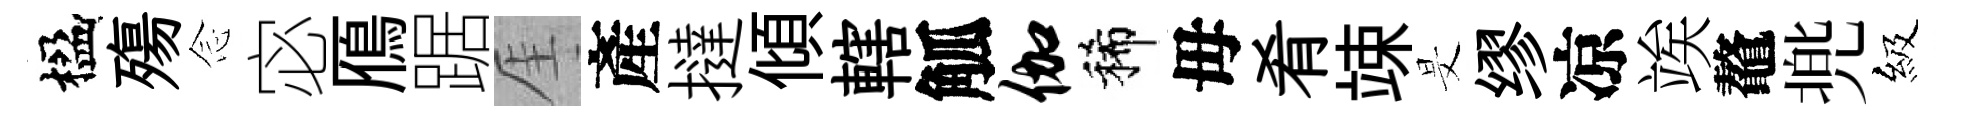
楹殤𫝹宓鴈踞厓產撻傾轄觚伽稀毋肴竦旻缪凉竢鼇兠級